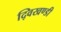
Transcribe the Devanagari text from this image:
द्विखण्डी